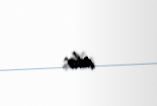
edir.